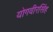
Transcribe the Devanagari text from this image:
योगवीरसिंह